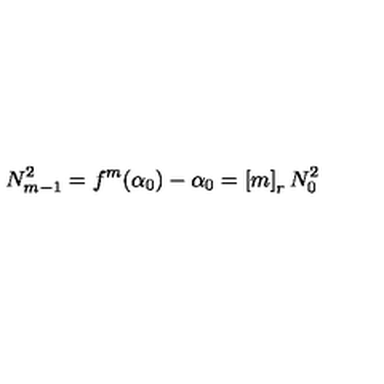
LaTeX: N _ { m - 1 } ^ { 2 } = f ^ { m } ( \alpha _ { 0 } ) - \alpha _ { 0 } = \left[ m \right] _ { r } N _ { 0 } ^ { 2 }